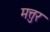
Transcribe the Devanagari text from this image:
मत्तुर